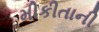
મીકીતાની